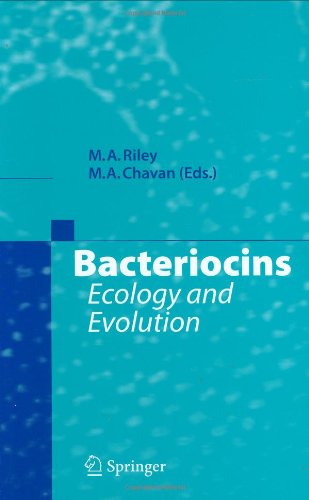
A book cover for Bacteriocins: Ecology and Evolution; Medical Books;